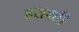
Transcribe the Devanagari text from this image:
हरावती